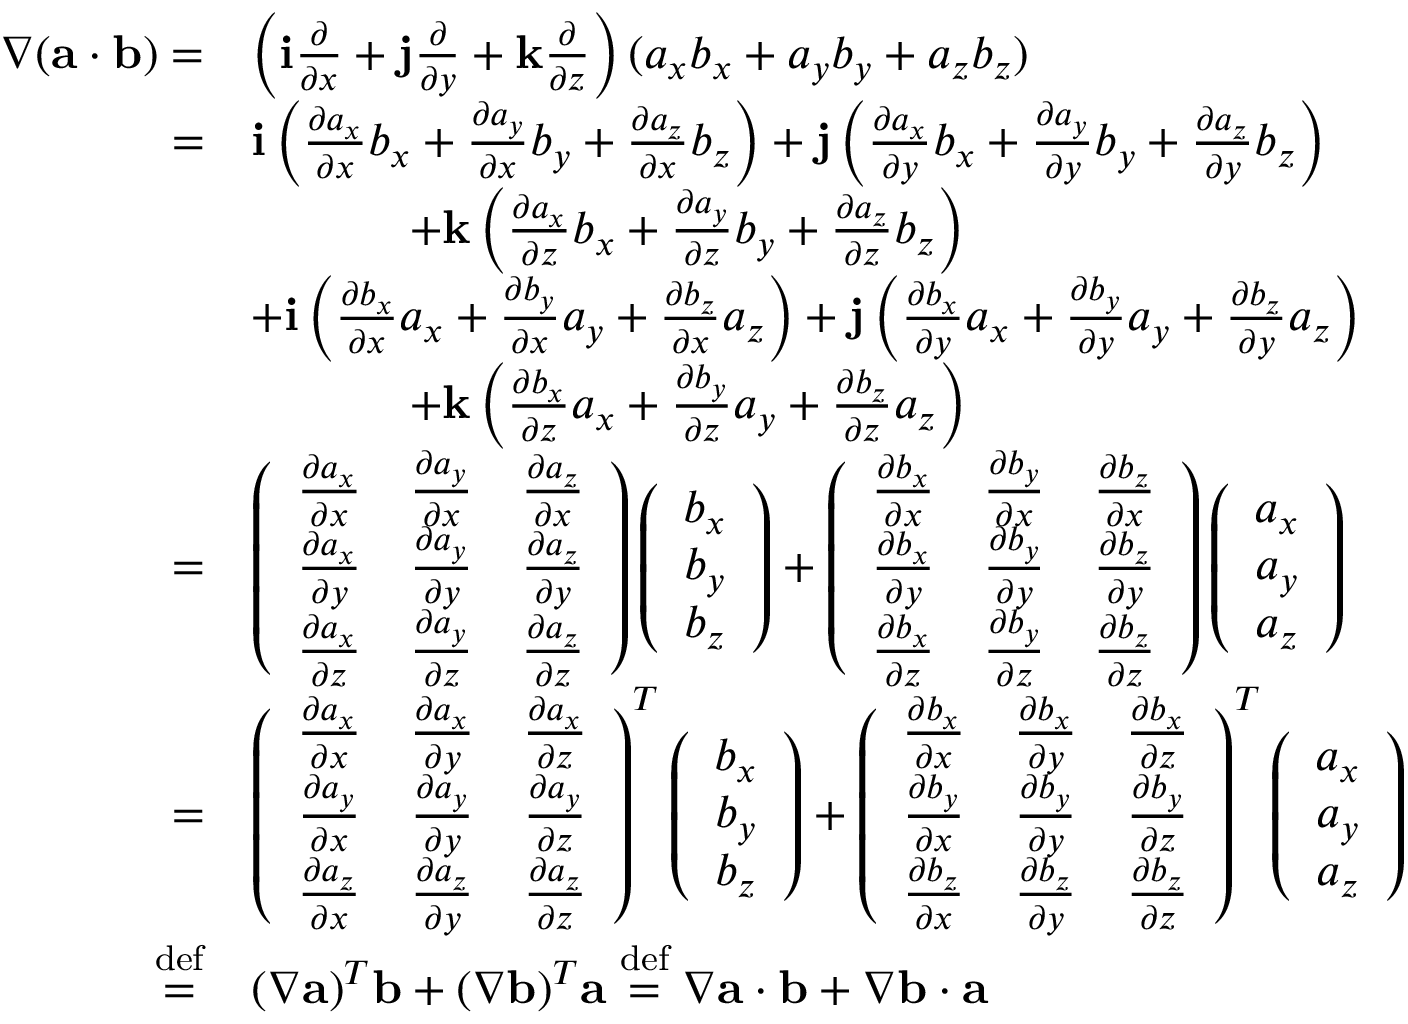
\begin{array} { r l } { \nabla ( { \mathbf a } \cdot { \mathbf b } ) = } & { \left( { \mathbf i } \frac { \partial } { \partial x } + { \mathbf j } \frac { \partial } { \partial y } + { \mathbf k } \frac { \partial } { \partial z } \right) ( a _ { x } b _ { x } + a _ { y } b _ { y } + a _ { z } b _ { z } ) } \\ { = } & { { \mathbf i } \left( \frac { \partial a _ { x } } { \partial x } b _ { x } + \frac { \partial a _ { y } } { \partial x } b _ { y } + \frac { \partial a _ { z } } { \partial x } b _ { z } \right) + { \mathbf j } \left( \frac { \partial a _ { x } } { \partial y } b _ { x } + \frac { \partial a _ { y } } { \partial y } b _ { y } + \frac { \partial a _ { z } } { \partial y } b _ { z } \right) } \\ & { \ \ \ \ \ \ \ \ \ \ + { \mathbf k } \left( \frac { \partial a _ { x } } { \partial z } b _ { x } + \frac { \partial a _ { y } } { \partial z } b _ { y } + \frac { \partial a _ { z } } { \partial z } b _ { z } \right) } \\ & { + { \mathbf i } \left( \frac { \partial b _ { x } } { \partial x } a _ { x } + \frac { \partial b _ { y } } { \partial x } a _ { y } + \frac { \partial b _ { z } } { \partial x } a _ { z } \right) + { \mathbf j } \left( \frac { \partial b _ { x } } { \partial y } a _ { x } + \frac { \partial b _ { y } } { \partial y } a _ { y } + \frac { \partial b _ { z } } { \partial y } a _ { z } \right) } \\ & { \ \ \ \ \ \ \ \ \ \ + { \mathbf k } \left( \frac { \partial b _ { x } } { \partial z } a _ { x } + \frac { \partial b _ { y } } { \partial z } a _ { y } + \frac { \partial b _ { z } } { \partial z } a _ { z } \right) } \\ { = } & { \left( \begin{array} { c c c } { \frac { \partial a _ { x } } { \partial x } } & { \frac { \partial a _ { y } } { \partial x } } & { \frac { \partial a _ { z } } { \partial x } } \\ { \frac { \partial a _ { x } } { \partial y } } & { \frac { \partial a _ { y } } { \partial y } } & { \frac { \partial a _ { z } } { \partial y } } \\ { \frac { \partial a _ { x } } { \partial z } } & { \frac { \partial a _ { y } } { \partial z } } & { \frac { \partial a _ { z } } { \partial z } } \end{array} \right) \left( \begin{array} { c } { b _ { x } } \\ { b _ { y } } \\ { b _ { z } } \end{array} \right) + \left( \begin{array} { c c c } { \frac { \partial b _ { x } } { \partial x } } & { \frac { \partial b _ { y } } { \partial x } } & { \frac { \partial b _ { z } } { \partial x } } \\ { \frac { \partial b _ { x } } { \partial y } } & { \frac { \partial b _ { y } } { \partial y } } & { \frac { \partial b _ { z } } { \partial y } } \\ { \frac { \partial b _ { x } } { \partial z } } & { \frac { \partial b _ { y } } { \partial z } } & { \frac { \partial b _ { z } } { \partial z } } \end{array} \right) \left( \begin{array} { c } { a _ { x } } \\ { a _ { y } } \\ { a _ { z } } \end{array} \right) } \\ { = } & { \left( \begin{array} { c c c } { \frac { \partial a _ { x } } { \partial x } } & { \frac { \partial a _ { x } } { \partial y } } & { \frac { \partial a _ { x } } { \partial z } } \\ { \frac { \partial a _ { y } } { \partial x } } & { \frac { \partial a _ { y } } { \partial y } } & { \frac { \partial a _ { y } } { \partial z } } \\ { \frac { \partial a _ { z } } { \partial x } } & { \frac { \partial a _ { z } } { \partial y } } & { \frac { \partial a _ { z } } { \partial z } } \end{array} \right) ^ { T } \left( \begin{array} { c } { b _ { x } } \\ { b _ { y } } \\ { b _ { z } } \end{array} \right) + \left( \begin{array} { c c c } { \frac { \partial b _ { x } } { \partial x } } & { \frac { \partial b _ { x } } { \partial y } } & { \frac { \partial b _ { x } } { \partial z } } \\ { \frac { \partial b _ { y } } { \partial x } } & { \frac { \partial b _ { y } } { \partial y } } & { \frac { \partial b _ { y } } { \partial z } } \\ { \frac { \partial b _ { z } } { \partial x } } & { \frac { \partial b _ { z } } { \partial y } } & { \frac { \partial b _ { z } } { \partial z } } \end{array} \right) ^ { T } \left( \begin{array} { c } { a _ { x } } \\ { a _ { y } } \\ { a _ { z } } \end{array} \right) } \\ { \stackrel { \operatorname { d e f } } { = } } & { ( \nabla { \mathbf a } ) ^ { T } { \mathbf b } + ( \nabla { \mathbf b } ) ^ { T } { \mathbf a } \stackrel { \operatorname { d e f } } { = } \nabla { \mathbf a } \cdot { \mathbf b } + \nabla { \mathbf b } \cdot { \mathbf a } } \end{array}